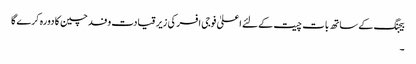
بیجنگ کے ساتھ بات چیت کےلئے اعلیٰ فوجی افسر کی زیر قیادت وفد چین کا دورہ کرے گا
۔